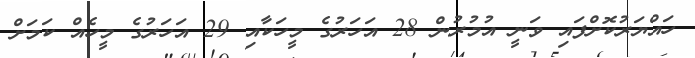
ހައްޔަރުކޮށްފައި ވަނީ އުމުރުން 28 އަހަރުގެ މީހަކާއި 29 އަހަރުގެ މީހެއް ކަމަށް